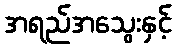
အရည်အသွေးနှင့်